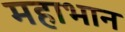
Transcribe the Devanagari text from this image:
महाभान